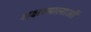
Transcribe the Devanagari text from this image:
अक्षरमालाओं